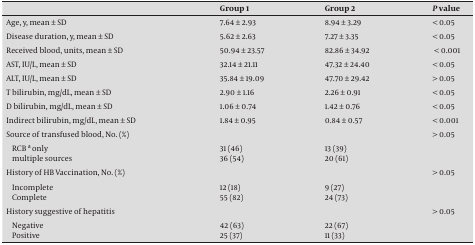
<table><thead><tr><td></td><td><b>Group 1</b></td><td><b>Group 2 </b></td><td><b>P value</b></td></tr></thead><tbody><tr><td>Age, y, mean ± SD</td><td>7.64 ± 2.93</td><td>8.94 ± 3.29</td><td>&lt; 0.05</td></tr><tr><td>Disease duration, y, mean ± SD</td><td>5.62 ± 2.63</td><td>7.27 ± 3.35</td><td>&lt; 0.05</td></tr><tr><td>Received blood, units, mean ± SD</td><td>50.94 ± 23.57</td><td>82.86 ± 34.92</td><td>&lt; 0.001</td></tr><tr><td>AST, IU/L, mean ± SD</td><td>32.14 ± 21.11</td><td>47.32 ± 24.40</td><td>&lt; 0.05</td></tr><tr><td>ALT, IU/L, mean ± SD</td><td>35.84 ± 19.09</td><td>47.70 ± 29.42</td><td>&gt; 0.05</td></tr><tr><td>T bilirubin, mg/dL, mean ± SD</td><td>2.90 ± 1.16</td><td>2.26 ± 0.91</td><td>&lt; 0.05</td></tr><tr><td>D bilirubin, mg/dL, mean ± SD</td><td>1.06 ± 0.74</td><td>1.42 ± 0.76</td><td>&lt; 0.05</td></tr><tr><td>Indirect bilirubin, mg/dL, mean ± SD</td><td>1.84 ± 0.95</td><td>0.84 ± 0.57</td><td>&lt; 0.001</td></tr><tr><td>Source of transfused blood, No. (%)</td><td></td><td></td><td>&gt; 0.05</td></tr><tr><td>RCB a only</td><td>31 (46)</td><td>13 (39)</td><td></td></tr><tr><td>Multiple sources</td><td>36 (54)</td><td>20 (61)</td><td></td></tr><tr><td>History of HB Vaccination, No. (%)</td><td></td><td></td><td>&gt; 0.05</td></tr><tr><td>Incomplete</td><td>12 (18)</td><td>9 (27)</td><td></td></tr><tr><td>Complete</td><td>55 (82)</td><td>24 (73)</td><td></td></tr><tr><td>History suggestive of hepatitis</td><td></td><td></td><td>&gt; 0.05</td></tr><tr><td>Negative</td><td>42 (63)</td><td>22 (67)</td><td></td></tr><tr><td>Positive</td><td>25 (37)</td><td>11 (33)</td><td></td></tr></tbody></table>